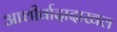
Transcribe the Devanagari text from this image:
आशीर्वादादाखल